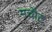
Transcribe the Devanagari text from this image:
मचौट